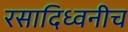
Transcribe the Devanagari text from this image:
रसादिध्वनीच